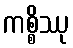
ကစ္စိဿု